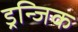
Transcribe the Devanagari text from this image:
ड्रन्जिक